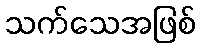
သက်သေအဖြစ်